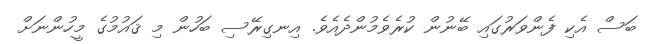
ބަސް އެކި ފެންވަރުގައި ބޭނުން ކުރެވެމުންދެއެވެ. އިނގިރޭސި ބަހުން މި ޤައުމުގެ މީހުންނަށް